Plague in India, 1896, 1897 - Volume 2
Year: 1896
Disease focus: Plague
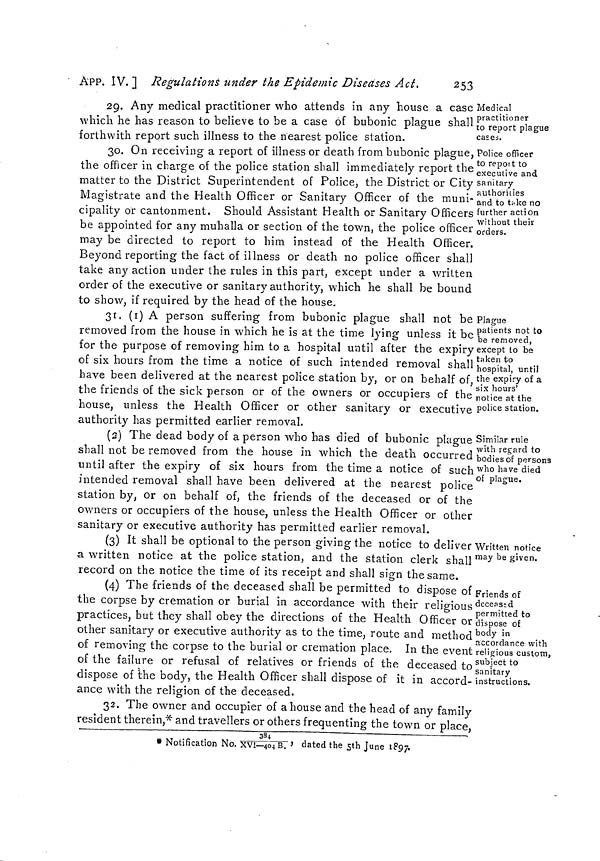
253
APP. IV. ] Regulations under the Epidemic Diseases Act.
Medical
practitioner
to report plague
cases.
Police officer
to report to
executive and
sanitary
authorities
and to take no
further action
without their
orders.
29. Any medical practitioner who attends in any house a case
which he has reason to believe to be a case of bubonic plague shall
forthwith report such illness to the nearest police station.
<
30. On receiving a report of illness or death from bubonic plague,
the officer in charge of the police station shall immediately report the
matter to the District Superintendent of Police, the District or City
Magistrate and the Health Officer or Sanitary Officer of the muni-
cipality or cantonment. Should Assistant Health or Sanitary Officers
be appointed for any muhalla or section of the town, the police officer,
may be directed to report to him instead of the Health Officer.
Beyond reporting the fact of illness or death no police officer shall
take any action under the rules in this part, except under a written
order of the executive or sanitary authority, which he shall be bound
to show, if required by the head of the house.
Plague
patients not to
be removed,
except to be
taken to
hospital, until
the expiry of a
six hours'
notice at the
police station.
31, (1) A person suffering from bubonic plague shall not be
removed from the house in which he is at the time lying unless it be
for the purpose of removing him to a hospital until after the expiry
of six hours from the time a notice of such intended removal shall
have been delivered at the nearest police station by, or on behalf of,
the friends of the sick person or of the owners or occupiers of the
house, unless the Health Officer or other sanitary or executive
authority has permitted earlier removal.
Similar rule
with regard to
bodies of persons
who have died
of plague.
(2) The dead body of a person who has died of bubonic plague
shall not be removed from the house in which the death occurred
until after the expiry of six hours from the time a notice of such
intended removal shall have been delivered at the nearest police
station by, or on behalf of, the friends of the deceased or of the
owners or occupiers of the house, unless the Health Officer or other
sanitary or executive authority has permitted earlier removal.
Written notice
may be given.
(3) It shall be optional to the person giving the notice to deliver
a written notice at the police station, and the station clerk shall
record on the notice the time of its receipt and shall sign the same.
Friends of
deceased
permitted to
dispose of
body in
accordance with
religious custom,
subject to
sanitary
instructions.
(4) The friends of the deceased shall be permitted to dispose of
the corpse by cremation or burial in accordance with their religious
practices, but they shall obey the directions of the Health Officer or
other sanitary or executive authority as to the time, route and method
of removing the corpse to the burial or cremation place. In the event
of the failure or refusal of relatives or friends of the deceased to
dispose of the body, the Health Officer shall dispose of it in accord-
ance with the religion of the deceased.
D
32. The owner and occupier of a house and the head of any family
resident therein,* and travellers or others frequenting the town or place,
.
384
'
* Notification No. XVI—404 B. ' dated the 5th June 1897.